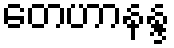
တေဟာနန္ဒ